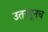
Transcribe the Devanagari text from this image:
उतरवूनच